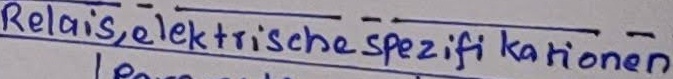
Text: Relais,elektrische Spezifikationen